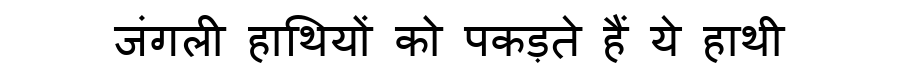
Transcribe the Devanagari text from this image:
जंगली हाथियों को पकड़ते हैं ये हाथी